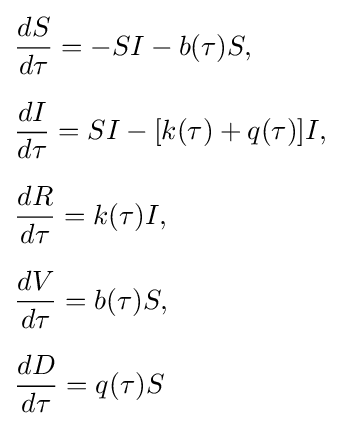
{\begin{aligned}&{\frac {dS}{d\tau }}=-SI-b(\tau )S,\\[6pt]&{\frac {dI}{d\tau }}=SI-[k(\tau )+q(\tau )]I,\\[6pt]&{\frac {dR}{d\tau }}=k(\tau )I,\\[6pt]&{\frac {dV}{d\tau }}=b(\tau )S,\\[6pt]&{\frac {dD}{d\tau }}=q(\tau )S\end{aligned}}